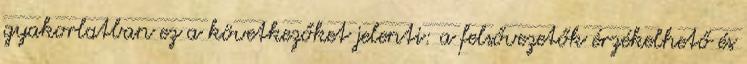
gyakorlatban ez a következőket jelenti: a felsővezetők érzékelhető és